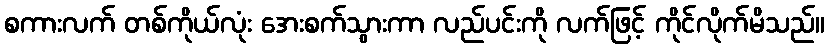
စကားလက် တစ်ကိုယ်လုံး အေးစက်သွားကာ လည်ပင်းကို လက်ဖြင့် ကိုင်လိုက်မိသည်။